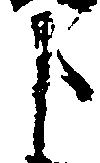
申